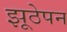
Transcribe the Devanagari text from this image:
झूठेपन